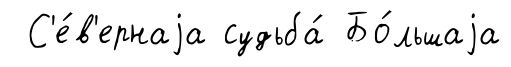
С'е́в'ернаjа судьба́ Бо́льшаjа